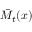
\bar { M } _ { t } ( x )